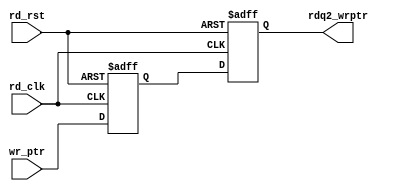
/* Copyright (c) 2013 by the author(s)
 *
 * Permission is hereby granted, free of charge, to any person obtaining a copy
 * of this software and associated documentation files (the "Software"), to deal
 * in the Software without restriction, including without limitation the rights
 * to use, copy, modify, merge, publish, distribute, sublicense, and/or sell
 * copies of the Software, and to permit persons to whom the Software is
 * furnished to do so, subject to the following conditions:
 *
 * The above copyright notice and this permission notice shall be included in
 * all copies or substantial portions of the Software.
 *
 * THE SOFTWARE IS PROVIDED "AS IS", WITHOUT WARRANTY OF ANY KIND, EXPRESS OR
 * IMPLIED, INCLUDING BUT NOT LIMITED TO THE WARRANTIES OF MERCHANTABILITY,
 * FITNESS FOR A PARTICULAR PURPOSE AND NONINFRINGEMENT. IN NO EVENT SHALL THE
 * AUTHORS OR COPYRIGHT HOLDERS BE LIABLE FOR ANY CLAIM, DAMAGES OR OTHER
 * LIABILITY, WHETHER IN AN ACTION OF CONTRACT, TORT OR OTHERWISE, ARISING FROM,
 * OUT OF OR IN CONNECTION WITH THE SOFTWARE OR THE USE OR OTHER DEALINGS IN
 * THE SOFTWARE.
 *
 * =============================================================================
 *
 * Author(s):
 *   Mark Sagi <mark.sagi@mytum.de>
 */
 module cdc_sync_wr2rd(/*AUTOARG*/
   // Outputs
   rdq2_wrptr,
   // Inputs
   rd_clk, rd_rst, wr_ptr
   );

   parameter ADDRSIZE = 4;

   input rd_clk, rd_rst;
   input [ADDRSIZE:0] wr_ptr;

   output reg [ADDRSIZE:0] rdq2_wrptr;

   // at least two registers are needed to minimize metastability
   reg [ADDRSIZE:0] rdq1_wrptr;

   always @(posedge rd_clk or negedge rd_rst) begin
      if (!rd_rst) begin
         rdq2_wrptr <= 0;
         rdq1_wrptr <= 0;
      end else begin
         rdq2_wrptr <= rdq1_wrptr;
         rdq1_wrptr <= wr_ptr;
      end
   end

endmodule